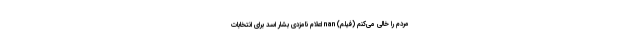
مردم را خالی می‌کنم (فیلم) nan اعلام نامزدی بشار اسد برای انتخابات